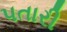
પતારી